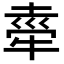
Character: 𭷤